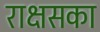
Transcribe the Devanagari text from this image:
राक्षसका